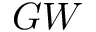
G W